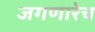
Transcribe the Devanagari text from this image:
जगणारेच